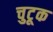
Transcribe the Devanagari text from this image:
चुटूक